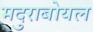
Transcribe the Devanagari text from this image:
मदुराबोयल